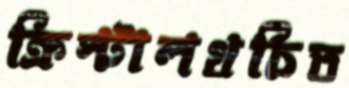
ক্রিস্টালখচিত